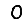
Digit: 0